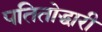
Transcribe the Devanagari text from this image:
पतितोद्धारी